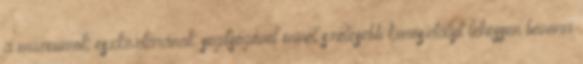
a múzeumok eszköztárának segítségével minél szélesebb korosztályt lehessen bevonni